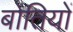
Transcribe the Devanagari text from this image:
बोतियों